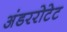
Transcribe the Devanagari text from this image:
अंडररोटेट